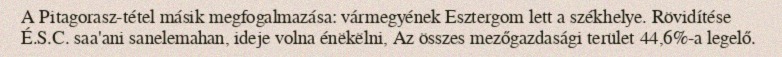
A Pitagorasz-tétel másik megfogalmazása: vármegyének Esztergom lett a székhelye. Rövidítése É.S.C. saa'ani sanelemahan, ideje volna énëkëlni, Az összes mezőgazdasági terület 44,6%-a legelő.